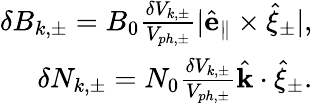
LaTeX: \begin{array}{r}{\delta B_{k,\pm}=B_{0}\frac{\delta V_{k,\pm}}{V_{ph,\pm}}|\hat{\mathbf{e}}_{\parallel}\times\hat{\mathbf{\xi}}_{\pm}|,}\\ {\delta N_{k,\pm}=N_{0}\frac{\delta V_{k,\pm}}{V_{ph,\pm}}\hat{\mathbf{k}}\cdot\hat{\mathbf{\xi}}_{\pm}.}\end{array}